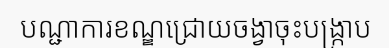
បណ្ជាការខណ្ឌជ្រោយចង្វាចុះបង្ក្រាប